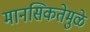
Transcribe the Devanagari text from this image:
मानसिकतेमुळे